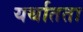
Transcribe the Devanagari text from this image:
यर्थातता